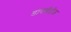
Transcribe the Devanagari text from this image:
डायबीटीज़